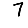
Digit: 7